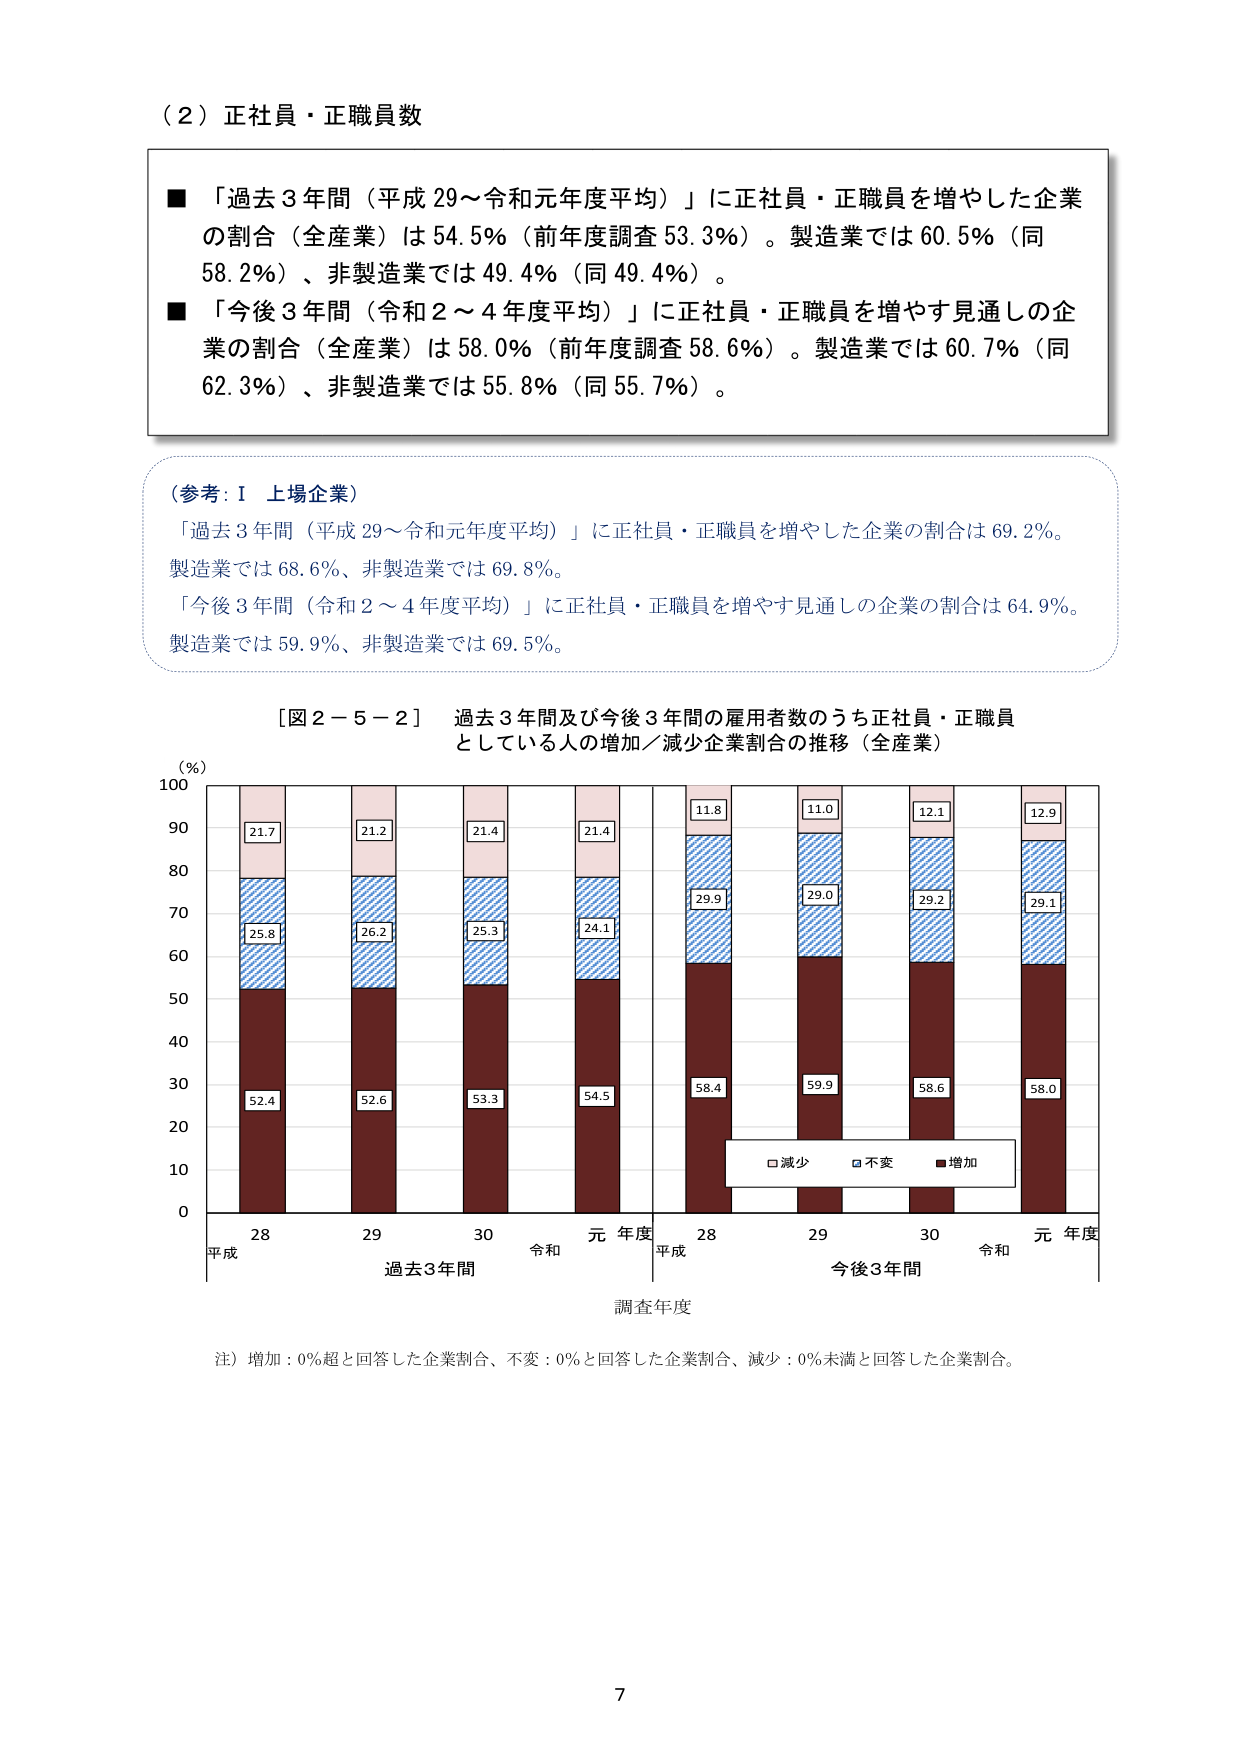
（２）正社員・正職員数

■ 「過去３年間（平成29～令和元年度平均）」に正社員・正職員を増やした企業の割合（全産業）は54.5％（前年度調査53.3％）。製造業では60.5％（同58.2％）、非製造業では49.4％（同49.4％）。

■ 「今後３年間（令和2～4年度平均）」に正社員・正職員を増やす見通しの企業の割合（全産業）は58.0％（前年度調査58.6％）。製造業では60.7％（同62.3％）、非製造業では55.8％（同55.7％）。

（参考：Ⅰ 上場企業）
「過去３年間（平成29～令和元年度平均）」に正社員・正職員を増やした企業の割合は69.2％。製造業では68.6％、非製造業では69.8％。
「今後３年間（令和2～4年度平均）」に正社員・正職員を増やす見通しの企業の割合は64.9％。製造業では59.9％、非製造業では69.5％。

［図２－５－２］ 過去３年間及び今後３年間の雇用者数のうち正社員・正職員としている人の増加／減少企業割合の推移（全産業）

（％）
100
90
80
70
60
50
40
30
20
10
0

21.7
21.2
21.4
21.4
11.8
11.0
12.1
12.9

25.8
26.2
25.3
24.1
29.9
29.0
29.2
29.1

52.4
52.6
53.3
54.5
58.4
59.9
58.6
58.0

□減少 □不変 ■増加

平成 28
平成 29
平成 30
令和 元年度
過去3年間

平成 28
平成 29
平成 30
令和 元年度
今後3年間

調査年度

注）増加：0％超と回答した企業割合、不変：0％と回答した企業割合、減少：0％未満と回答した企業割合。

7